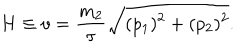
H \equiv v = \frac { m _ { 2 } } { \tau } \sqrt { ( p _ { 1 } ) ^ { 2 } + ( p _ { 2 } ) ^ { 2 } } .